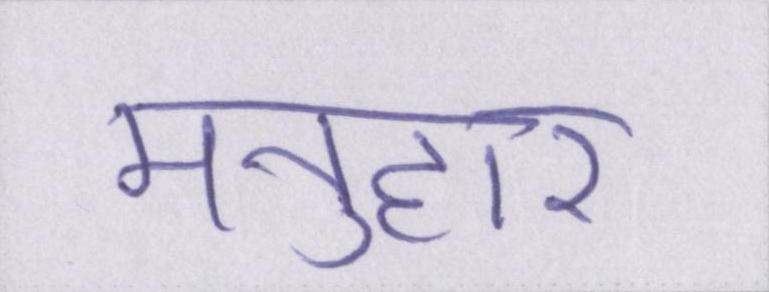
मनुहार